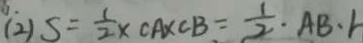
( 2 ) S = \frac { 1 } { 2 } \times C A \times C B = \frac { 1 } { 2 } \cdot A B \cdot r